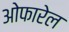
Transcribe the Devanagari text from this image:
ओफारेल